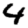
Digit: 4